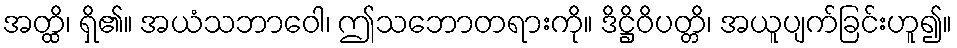
အတ္ထိ၊ ရှိ၏။ အယံသဘာဝေါ၊ ဤသဘောတရားကို။ ဒိဋ္ဌိဝိပတ္တိ၊ အယူပျက်ခြင်းဟူ၍။